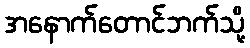
အနောက်တောင်ဘက်သို့